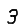
Digit: 3